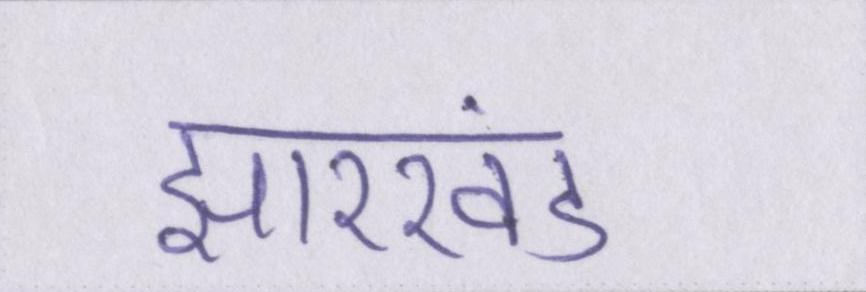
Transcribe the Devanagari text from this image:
झारखंड